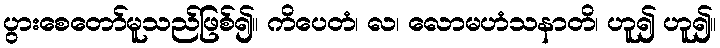
ပွားစေတော်မူသည်ဖြစ်၍။ ကိပေတံ၊ လ၊ လောမဟံသနာတိ၊ ဟူ၍ ဟူ၍။